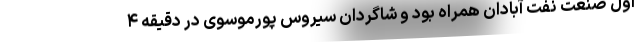
اول صنعت نفت آبادان همراه بود و شاگردان سیروس پورموسوی در دقیقه ۴